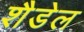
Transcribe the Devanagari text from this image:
शैडेल